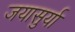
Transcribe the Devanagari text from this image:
जयासुर्या